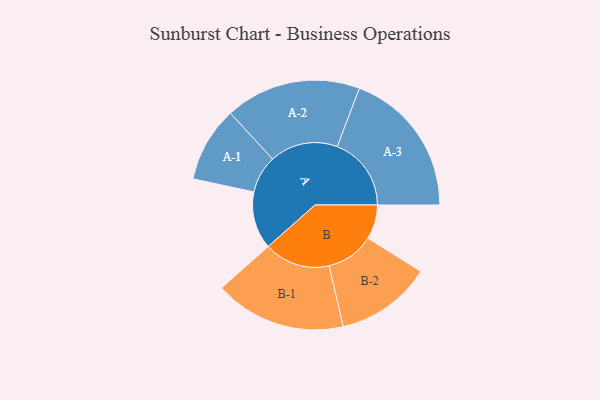
{"axis": {"x": "Segment", "y": "Value"}, "legend": ["", "A", "B"], "data": [{"x": "A", "y": 224, "type": ""}, {"x": "B", "y": 134, "type": ""}, {"x": "A-1", "y": 147, "type": "A"}, {"x": "A-2", "y": 265, "type": "A"}, {"x": "A-3", "y": 289, "type": "A"}, {"x": "B-1", "y": 257, "type": "B"}, {"x": "B-2", "y": 187, "type": "B"}]}